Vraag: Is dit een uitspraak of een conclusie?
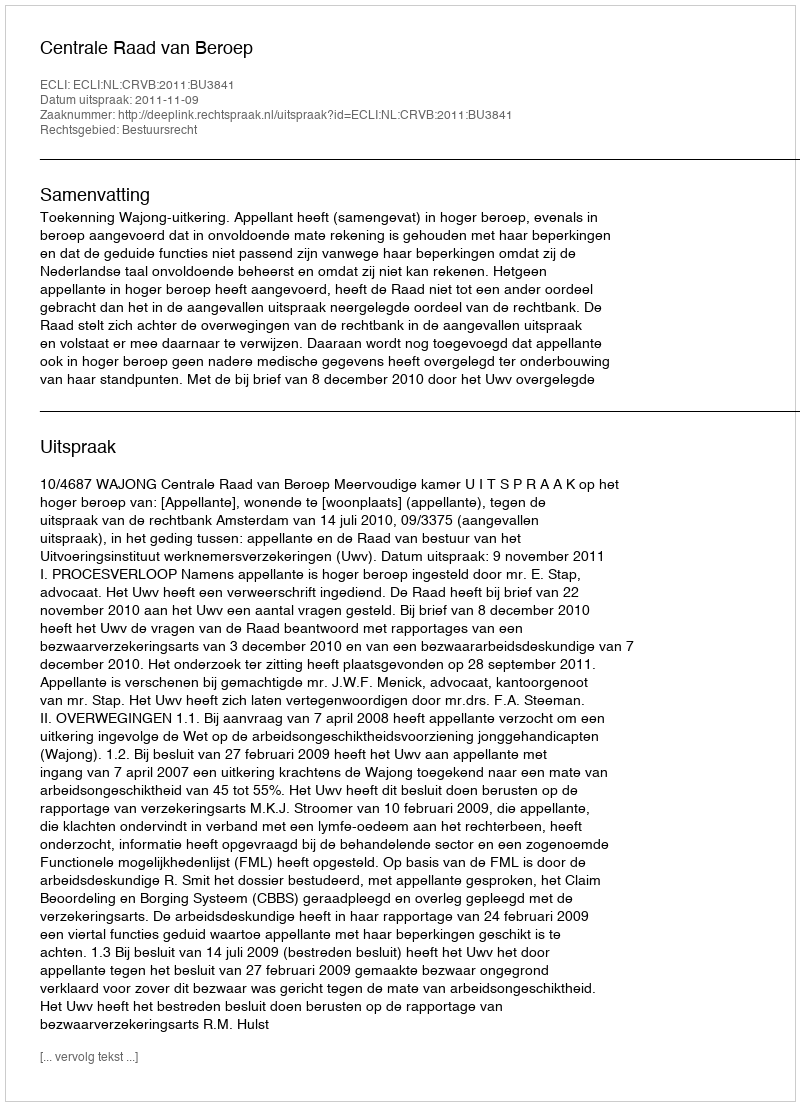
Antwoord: Uitspraak